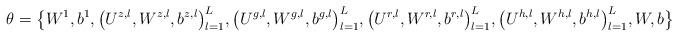
LaTeX: \begin{align*}\theta = \big\{W^1,b^1, \big(U^{z,l},W^{z,l},b^{z,l} \big)^L_{l=1}, \big(U^{g,l},W^{g,l},b^{g,l} \big)^L_{l=1}, \big(U^{r,l},W^{r,l},b^{r,l} \big)^L_{l=1}, \big(U^{h,l},W^{h,l},b^{h,l} \big)^L_{l=1},W,b \big\}\end{align*}